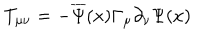
LaTeX: T _ { \mu \nu } = - \overline { { { \Psi } } } ( x ) \Gamma _ { \mu } \partial _ { \nu } \Psi ( x )